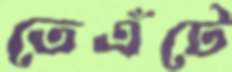
তেএঁটে